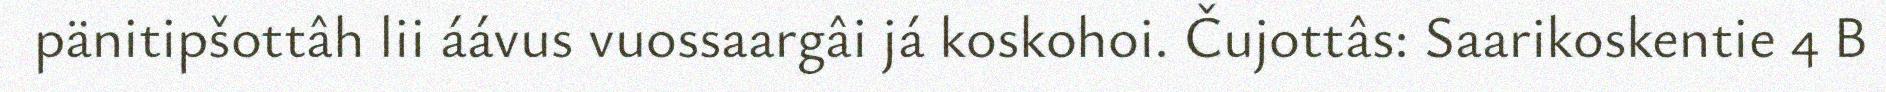
pänitipšottâh lii áávus vuossaargâi já koskohoi. Čujottâs: Saarikoskentie 4 B